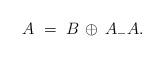
LaTeX: \begin{align*}A\;=\; B\,\oplus\, A_-A.\end{align*}